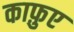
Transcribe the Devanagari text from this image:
काफ़ुए